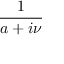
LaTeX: \frac { 1 } { a + i \nu }